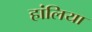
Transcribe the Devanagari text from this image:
हांलिया